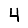
Digit: 4